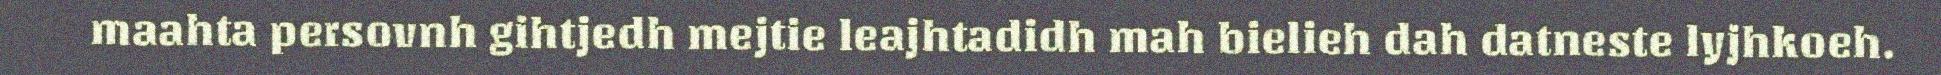
maahta persovnh gihtjedh mejtie leajhtadidh mah bielieh dah datneste lyjhkoeh.